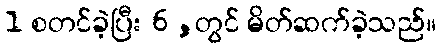
1 စတင်ခဲ့ပြီး 6 ,တွင် မိတ်ဆက်ခဲ့သည်။